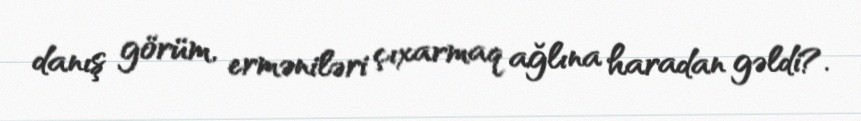
danış görüm, erməniləri çıxarmaq ağlına haradan gəldi?.